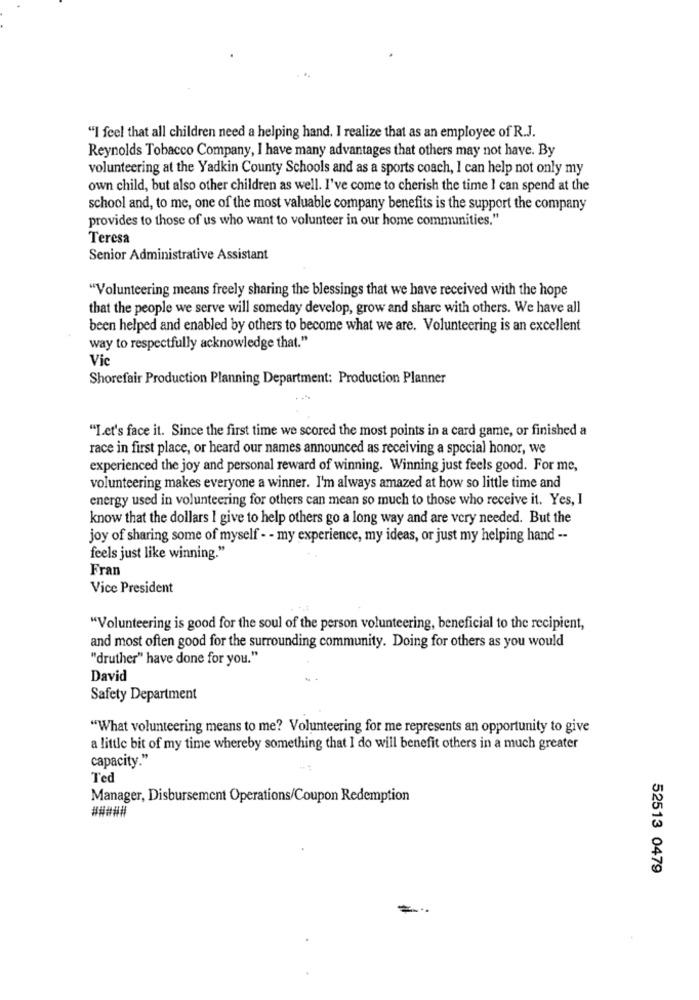
"I feel that all children need a helping hand. I realize that as an employee of R.J.
Reynolds Tobacco Company, I have many advantages that others may not have. By
volunteering at the Yadkin County Schools and as a sports coach, I can help not only my
own child, but also other children as well. I've come to cherish the time I can spend at the
school and, to me, one of the most valuable company benefits is the support the company
provides to those of us who want to volunteer in our home communities."
Teresa
Senior Administrative Assistant
"Volunteering means freely sharing the blessings that we have received with the hope
that the people we serve will someday develop, grow and share with others. We have all
been helped and enabled by others to become what we are. Volunteering is an excellent
way to respectfully acknowledge that."
Vic
Shorefair Production Planning Department: Production Planner
"Let's face it. Since the first time we scored the most points in a card game, or finished a
race in first place, or heard our names announced as receiving a special honor, we
experienced the joy and personal reward of winning. Winning just feels good. For me,
volunteering makes everyone a winner. I'm always amazed at how so little time and
energy used in volunteering for others can mean so much to those who receive it. Yes, I
know that the dollars I give to help others go a long way and are very needed. But the
joy of sharing some of myself - - my experience, my ideas, or just my helping hand --
feels just like winning."
Fran
Vice President
"Volunteering is good for the soul of the person volunteering, beneficial to the recipient,
and most often good for the surrounding community. Doing for others as you would
"druther" have done for you."
David
Safety Department
"What volunteering means to me? Volunteering for me represents an opportunity to give
a little bit of my time whereby something that I do will benefit others in a much greater
capacity."
Ted
Manager, Disbursement Operations/Coupon Redemption
#####
52513 0479